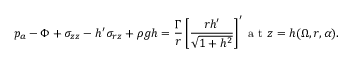
p _ { a } - \Phi + \sigma _ { z z } - h ^ { \prime } \sigma _ { r z } + \rho { g } h = \frac { \Gamma } { r } \left[ \frac { r h ^ { \prime } } { \sqrt { 1 + h ^ { 2 } } } \right] ^ { \prime } \textrm { a t } z = h ( \Omega , r , \alpha ) .